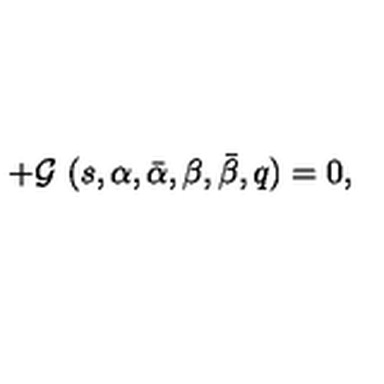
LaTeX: + { \cal G } \ ( s , \alpha , \bar { \alpha } , \beta , \bar { \beta } , q ) = 0 ,